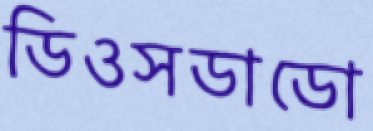
ডিওসডাডো